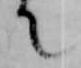
て